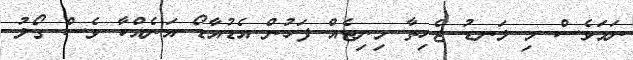
ނަމަވެސް މި ލަނޑު ޖެހިތާ މިނިޓެއް ފަހުން އެޑުއާޑޯ އަނެއްކާ ވެސް ގޯލު